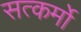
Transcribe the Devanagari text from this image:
सत्कर्मो